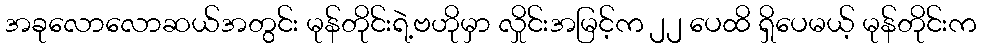
အခုလောလောဆယ်အတွင်း မုန်တိုင်းရဲ့ဗဟိုမှာ လှိုင်းအမြင့်က ၂၂ ပေထိ ရှိပေမယ့် မုန်တိုင်းက